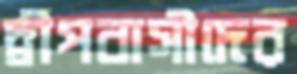
দ্বীপবাসীদের